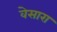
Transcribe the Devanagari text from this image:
वेसारा